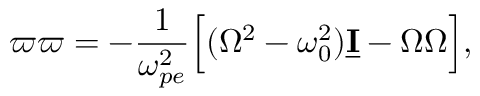
\boldsymbol \varpi \boldsymbol \varpi = - \frac { 1 } { \omega _ { p e } ^ { 2 } } \Big [ ( \Omega ^ { 2 } - \omega _ { 0 } ^ { 2 } ) \underline { { \mathbf I } } - \boldsymbol \Omega \boldsymbol \Omega \Big ] ,